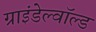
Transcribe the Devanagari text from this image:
ग्राइंडेल्वॉल्ड